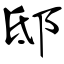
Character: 邸